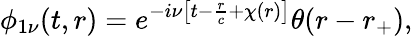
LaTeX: \phi_{1\nu}(t,r)=e^{-i\nu\left[t-\frac{r}{c}+\chi(r)\right]}\theta(r-r_{+}),